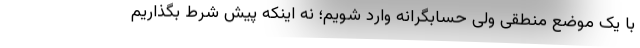
با یک موضع منطقی ولی حسابگرانه وارد شویم؛ نه اینکه پیش شرط بگذاریم